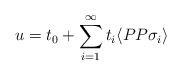
LaTeX: \begin{align*}u= t_0 + \sum_{i=1}^{\infty} t_i \langle P P \sigma_i \rangle\end{align*}